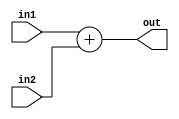
module ADD #(parameter W = 32)(
    input [W-1:0] in1,in2,
    output [W-1:0] out
);
    assign out = in1 + in2;
endmodule